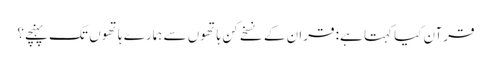
قرآن کیا کہتا ہے: قران کے نسخے کن ہاتھوں سے ہمارے ہاتھوں تک پہنچے؟